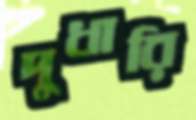
দুধারি